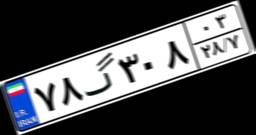
۲۲گ۹۹۱۰۱